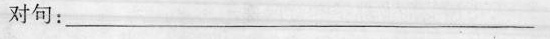
对句：________